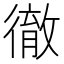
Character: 徹